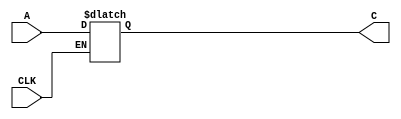
`timescale 1ns / 1ps
//////////////////////////////////////////////////////////////////////////////////
//
// By: Yash Chandra Verma
// Module Name:    D Flip-Flop
// Description: 
//
//////////////////////////////////////////////////////////////////////////////////
module new(A,CLK,C);
    input A,CLK;
    output C;
//to store value of the c, we need a register
reg C;

always @(A or CLK)
if (CLK)
C=A;

endmodule